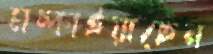
মচ্‌কাইয়াছেন